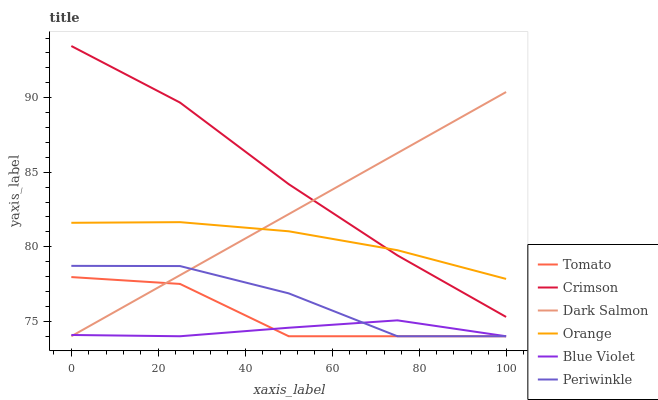
| xaxis_label | Tomato | Crimson | Dark Salmon | Orange | Blue Violet | Periwinkle |
 | --- | --- | --- | --- | --- | --- | --- |
 | 0 | 78 | 93.5 | 74 | 81.6 | 74.1 | 78.7 |
 | 25 | 77.5 | 89.7 | 78.1 | 81.7 | 74 | 78.7 |
 | 50 | 74 | 84.2 | 82.2 | 81 | 74.6 | 76.9 |
 | 75 | 74 | 79.4 | 86.3 | 79.8 | 75.1 | 74 |
 | 100 | 74 | 75.3 | 90.4 | 77.8 | 74 | 74 |